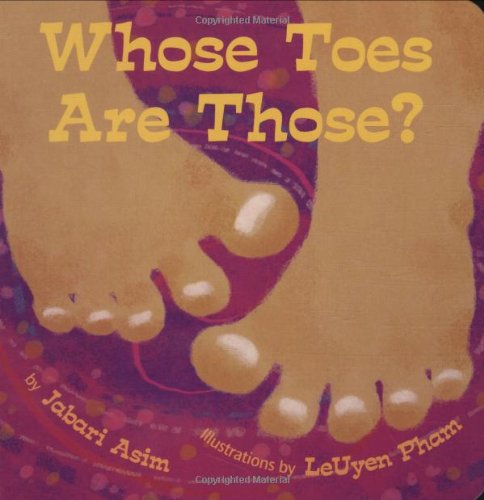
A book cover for Whose Toes are Those?; Jabari Asim; Children's Books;